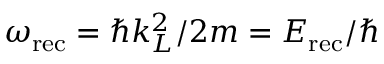
\omega _ { \mathrm { r e c } } = \hbar k _ { L } ^ { 2 } / 2 m = E _ { \mathrm { r e c } } / \hbar